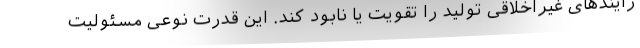
رایندهای غیراخلاقی تولید را تقویت یا نابود کند. این قدرت نوعی مسئولیت